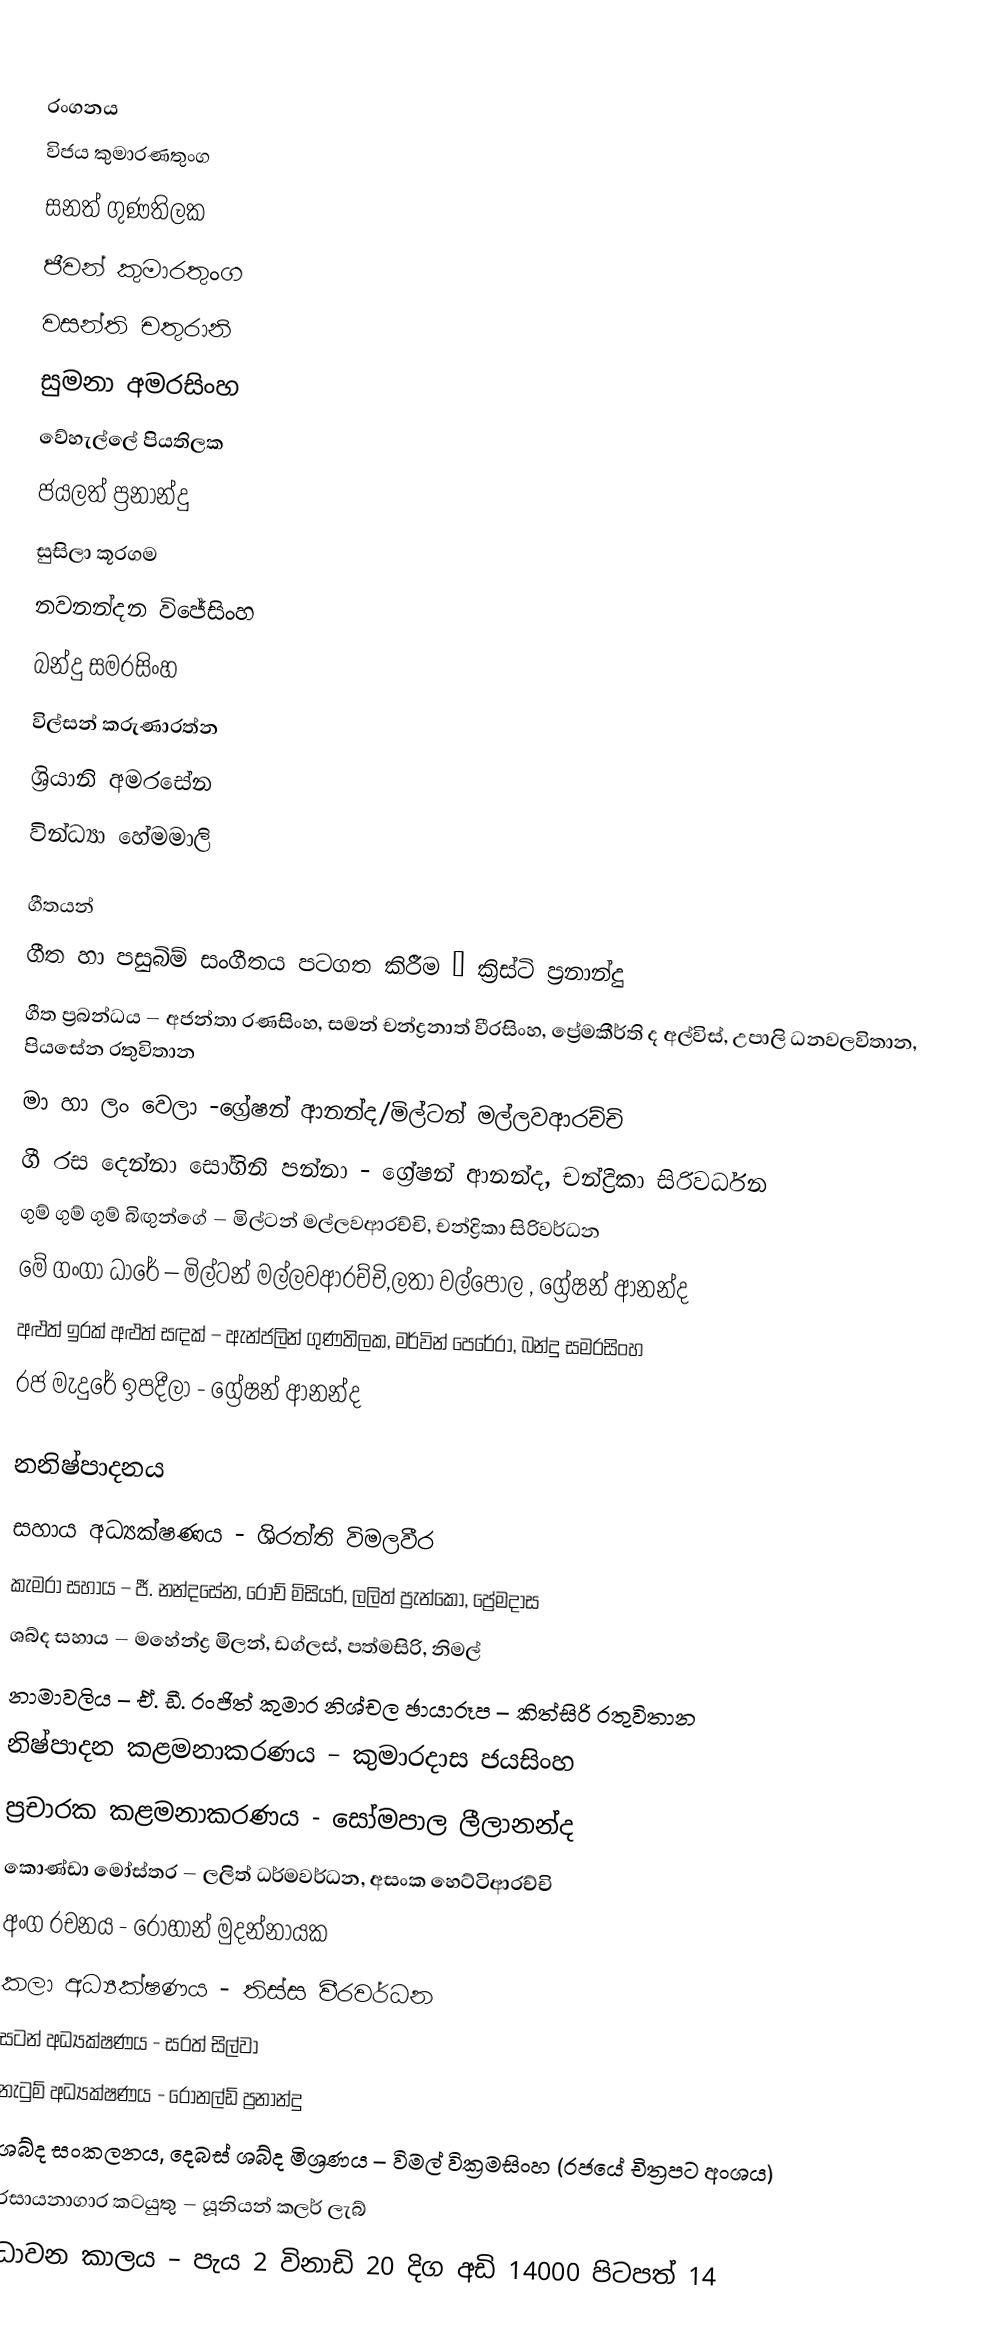

රංගනය
විජය කුමාරණතුංග
සනත් ගුණතිලක
ජීවන් කුමාරතුංග
වසන්ති චතුරානි
සුමනා අමරසිංහ
වේහැල්ලේ පියතිලක
ජයලත් ප්‍රනාන්දු
සුසිලා කූරගම
නවනන්දන විජේසිංහ
බන්දු සමරසිංහ
විල්සන් කරුණාරත්න
ශ්‍රියානි අමරසේන
වින්ධ්‍යා හේමමාලි

ගීතයන්
ගීත හා පසුබිම් සංගීතය පටගත කිරීම – ක්‍රිස්ටි ප්‍රනාන්දු
ගීත ප්‍රබන්ධය – අජන්තා රණසිංහ, සමන් චන්ද්‍රනාත් වීරසිංහ, ප්‍රේමකීර්ති ද අල්විස්, උපාලි ධනවලවිතාන, පියසේන රතුවිතාන
මා හා ලං වෙලා -ග්‍රේෂන් ආනන්ද/මිල්ටන් මල්ලවආරච්චි
ගී රස දෙන්නා සෝගිනි පන්නා - ග්‍රේෂන් ආනන්ද, චන්ද්‍රිකා සිරිවර්ධන
ගුම් ගුම් ගුම් බිඟුන්ගේ – මිල්ටන් මල්ලවආරච්චි, චන්ද්‍රිකා සිරිවර්ධන
මේ ගංගා ධාරේ – මිල්ටන් මල්ලවආරච්චි,ලතා වල්පොල  , ග්‍රේෂන් ආනන්ද
අළුත් ඉරක් අළුත් සඳක් – ඇන්ජලින් ගුණතිලක, මර්වින් පෙරේරා, බන්දු සමරසිංහ
රජ මැදුරේ ඉපදීලා - ග්‍රේෂන් ආනන්ද

නනිෂ්පාදනය
සහාය අධ්‍යක්ෂණය - ශිරන්ති විමලවීර
කැමරා සහාය – ජී. නන්දසේන, රෝච් මිසියර්, ලලිත් ප්‍රැන්කෝ, ප්‍රේමදාස
ශබ්ද සහාය – මහේන්ද්‍ර මිලන්, ඩග්ලස්, පත්මසිරි, නිමල්
නාමාවලිය – ඒ. ඩී. රංජිත් කුමාර නිශ්චල ඡායාරූප – කිත්සිරි රතුවිතාන
නිෂ්පාදන කළමනාකරණය – කුමාරදාස ජයසිංහ
ප්‍රචාරක කළමනාකරණය - සෝමපාල ලීලානන්ද
කොණ්ඩා මෝස්තර – ලලිත් ධර්මවර්ධන, අසංක හෙට්ටිආරච්චි
අංග රචනය - රොහාන් මුදන්නායක
කලා අධ්‍යක්ෂණය - තිස්ස වීරවර්ධන
සටන් අධ්‍යක්ෂණය - සරත් සිල්වා
නැටුම් අධ්‍යක්ෂණය - රොනල්ඩ් ප්‍රනාන්දු
ශබ්ද සංකලනය, දෙබස් ශබ්ද මිශ්‍රණය – විමල් වික්‍රමසිංහ (රජයේ චිත්‍රපට අංශය)
රසායනාගාර කටයුතු – යූනියන් කලර් ලැබ්
ධාවන කාලය – පැය 2 විනාඩි 20 දිග අඩි 14000 පිටපත් 14